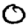
Digit: 0